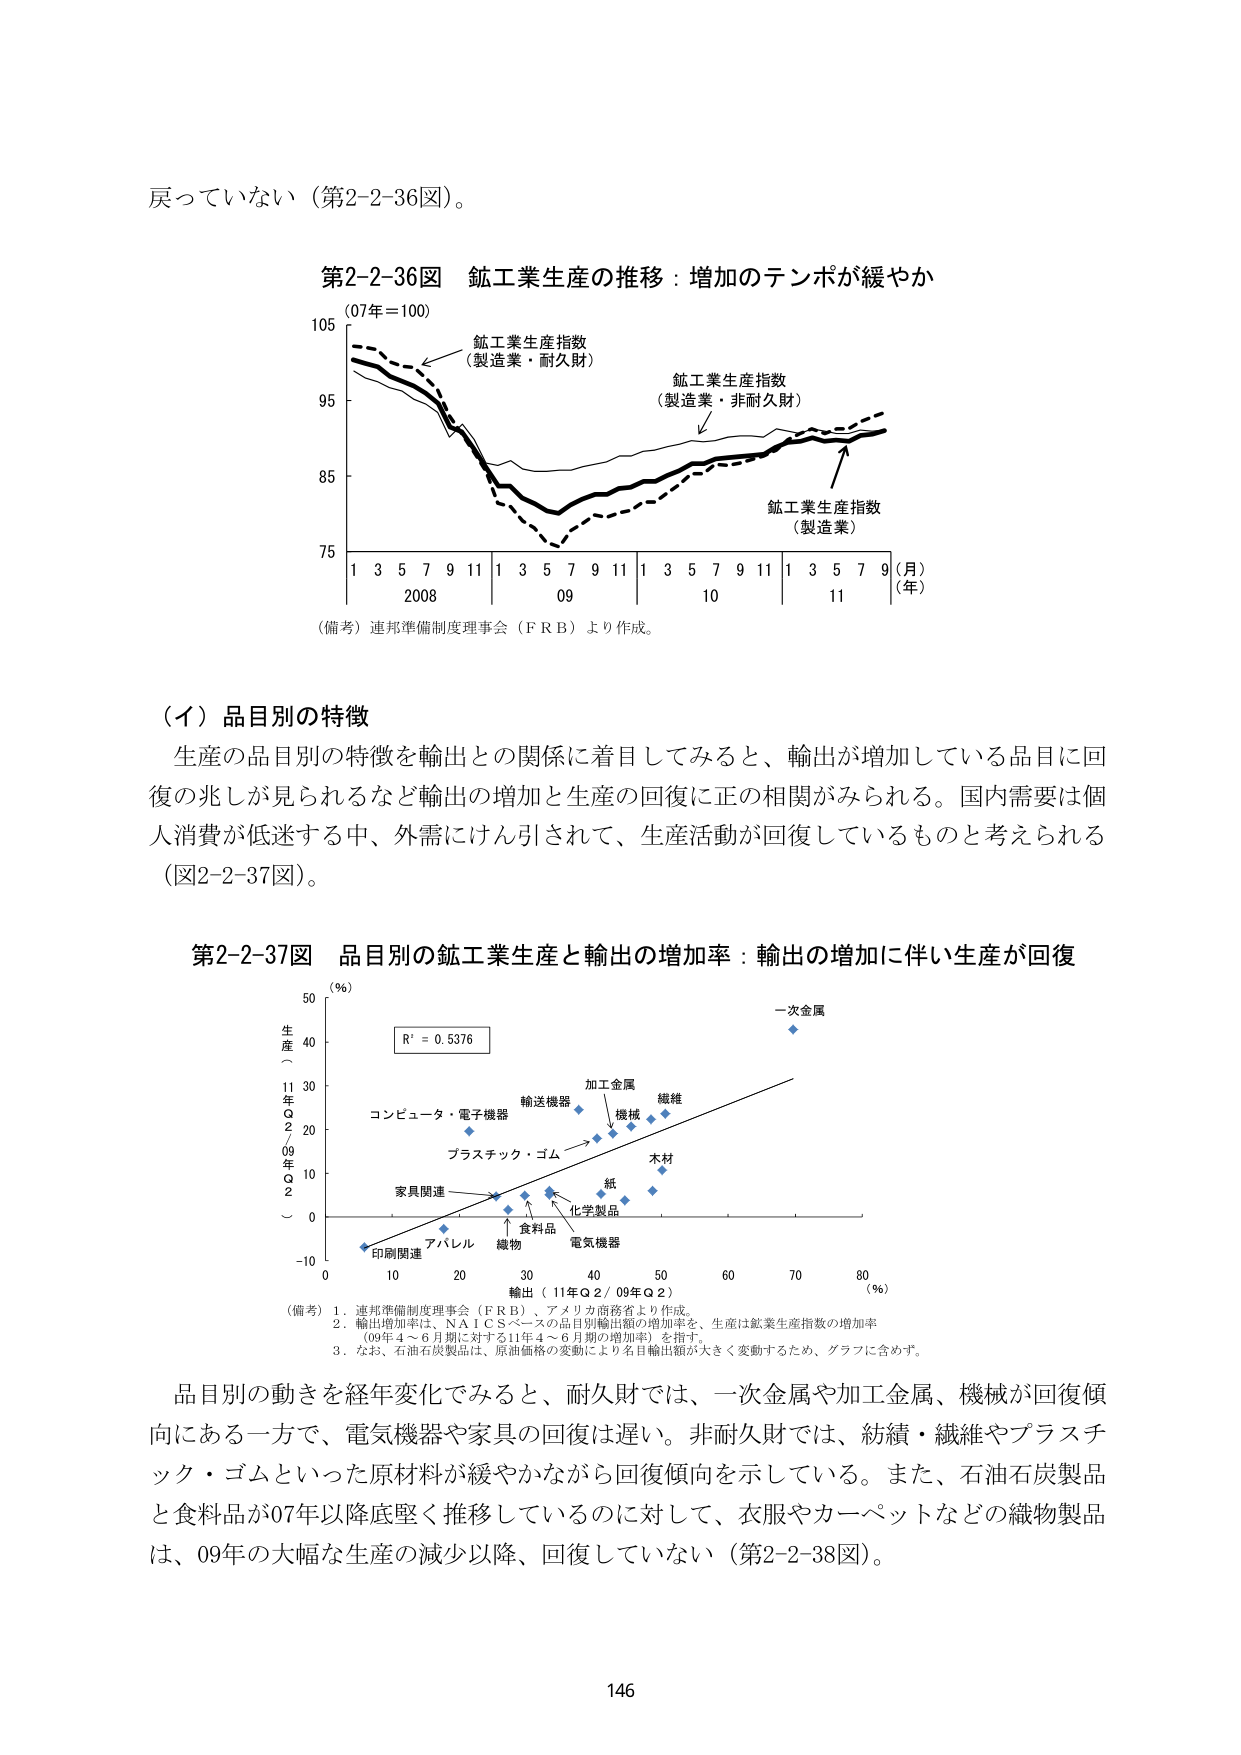
戻っていない（第2-2-36図）。

第2-2-36図 鉱工業生産の推移：増加のテンポが緩やか
（07年＝100）
鉱工業生産指数
（製造業・耐久財）
鉱工業生産指数
（製造業・非耐久財）
鉱工業生産指数
（製造業）
1 3 5 7 9 11 1 3 5 7 9 11 1 3 5 7 9 11 1 3 5 7 9（月）
2008 09 10 11（年）
（備考）連邦準備制度理事会（ＦＲＢ）より作成。

（イ）品目別の特徴
生産の品目別の特徴を輸出との関係に着目してみると、輸出が増加している品目に回復の兆しが見られるなど輸出の増加と生産の回復に正の相関がみられる。国内需要は個人消費が低迷する中、外需にけん引されて、生産活動が回復しているものと考えられる（図2-2-37図）。

第2-2-37図 品目別の鉱工業生産と輸出の増加率：輸出の増加に伴い生産が回復
（％）
生産（09年Ｑ2／09年Ｑ2）
R² = 0.5376
コンピュータ・電子機器
輸送機器
加工金属
繊維
機械
プラスチック・ゴム
木材
紙
家具関連
化学製品
食品
電気機器
アパレル
織物
印刷関連
0 10 20 30 40 50 60 70 80（％）
輸出（11年Ｑ2／09年Ｑ2）
一次金属
（備考）1．連邦準備制度理事会（ＦＲＢ）、アメリカ商務省より作成。
2．輸出増加率は、ＮＡＩＣＳベースの品目別輸出額の増加率を、生産は鉱業生産指数の増加率（09年4～6月期に対する11年4～6月期の増加率）を指す。
3．なお、石油石炭製品は、原油価格の変動により名目輸出額が大きく変動するため、グラフに含めず。

品目別の動きを経年変化でみると、耐久財では、一次金属や加工金属、機械が回復傾向にある一方で、電気機器や家具の回復は遅い。非耐久財では、紡績・繊維やプラスチック・ゴムといった原材料が緩やかながら回復傾向を示している。また、石油石炭製品と食料品が07年以降底堅く推移しているのに対して、衣服やカーペットなどの織物製品は、09年の大幅な生産の減少以降、回復していない（第2-2-38図）。

146